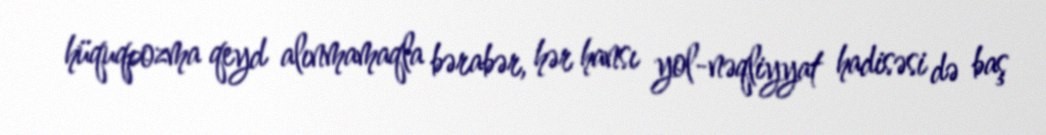
hüquqpozma qeyd alınmamaqla bərabər, hər hansı yol-nəqliyyat hadisəsi də baş